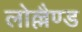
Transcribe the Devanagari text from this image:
लोल्लैण्ड